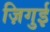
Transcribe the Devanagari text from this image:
ज़िगुई